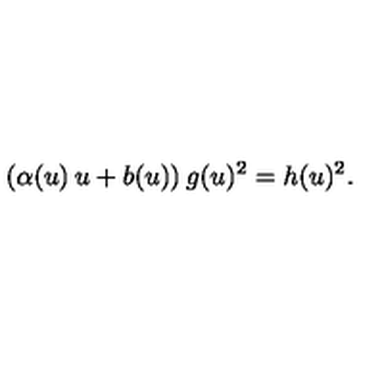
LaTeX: ( \alpha ( u ) \: u + b ( u ) ) \: g ( u ) ^ { 2 } = h ( u ) ^ { 2 } .